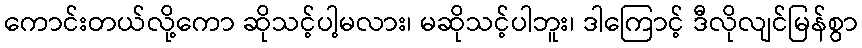
ကောင်းတယ်လို့ကော ဆိုသင့်ပါ့မလား၊ မဆိုသင့်ပါဘူး၊ ဒါကြောင့် ဒီလိုလျင်မြန်စွာ